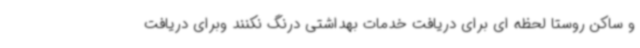
و ساکن روستا لحظه ای برای دریافت خدمات بهداشتی درنگ نکنند وبرای دریافت